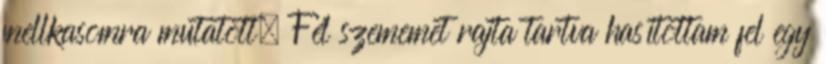
mellkasomra mutatott. Fél szememet rajta tartva hasítottam fel egy